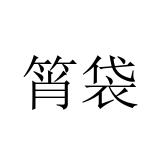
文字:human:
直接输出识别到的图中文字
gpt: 筲袋